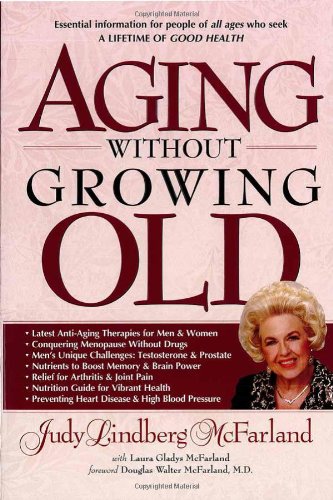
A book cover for Aging Without Growing Old; Judy Lindberg McFarland; Health, Fitness & Dieting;